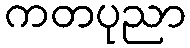
ကတပုညာ